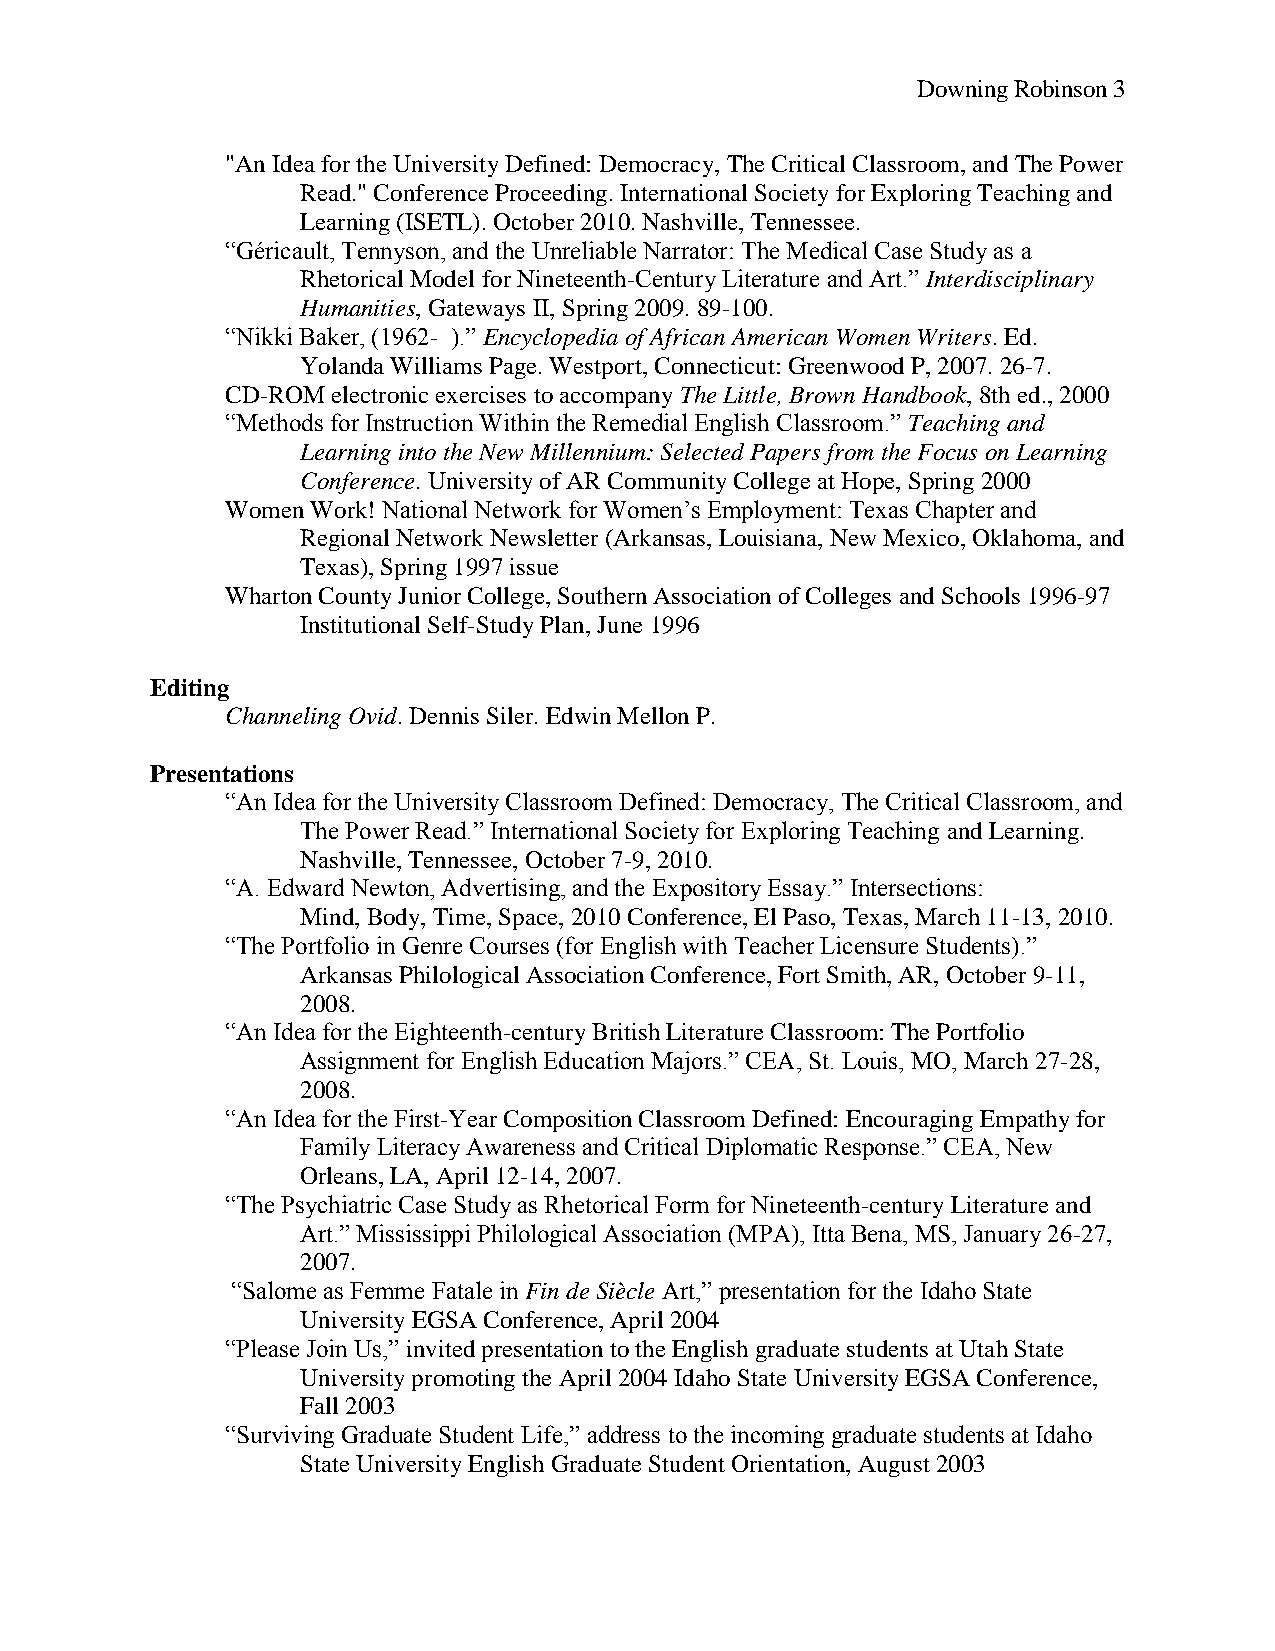
Downing Robinson 3
 "An Idea for the University Defined: Democracy, The Critical Classroom, and The Power
 Read." Conference Proceeding. International Society for Exploring Teaching and
 Learning (ISETL). October 2010. Nashville, Tennessee.
 ―Géricault, Tennyson, and the Unreliable Narrator: The Medical Case Study as a
 Rhetorical Model for Nineteenth-Century Literature and Art.‖ Interdisciplinary
 Humanities, Gateways II, Spring 2009. 89-100.
 ―Nikki Baker, (1962- ).‖ Encyclopedia of African American Women Writers. Ed.
 Yolanda Williams Page. Westport, Connecticut: Greenwood P, 2007. 26-7.
 CD-ROM electronic exercises to accompany The Little, Brown Handbook, 8th ed., 2000
 ―Methods for Instruction Within the Remedial English Classroom.‖ Teaching and
 Learning into the New Millennium: Selected Papers from the Focus on Learning
 Conference. University of AR Community College at Hope, Spring 2000
 Women Work! National Network for Women’s Employment: Texas Chapter and
 Regional Network Newsletter (Arkansas, Louisiana, New Mexico, Oklahoma, and
 Texas), Spring 1997 issue
 Wharton County Junior College, Southern Association of Colleges and Schools 1996-97
 Institutional Self-Study Plan, June 1996
 Editing
 Channeling Ovid. Dennis Siler. Edwin Mellon P.
 Presentations
 ―An Idea for the University Classroom Defined: Democracy, The Critical Classroom, and
 The Power Read.‖ International Society for Exploring Teaching and Learning.
 Nashville, Tennessee, October 7-9, 2010.
 ―A. Edward Newton, Advertising, and the Expository Essay.‖ Intersections:
 Mind, Body, Time, Space, 2010 Conference, El Paso, Texas, March 11-13, 2010.
 ―The Portfolio in Genre Courses (for English with Teacher Licensure Students).‖
 Arkansas Philological Association Conference, Fort Smith, AR, October 9-11,
 2008.
 ―An Idea for the Eighteenth-century British Literature Classroom: The Portfolio
 Assignment for English Education Majors.‖ CEA, St. Louis, MO, March 27-28,
 2008.
 ―An Idea for the First-Year Composition Classroom Defined: Encouraging Empathy for
 Family Literacy Awareness and Critical Diplomatic Response.‖ CEA, New
 Orleans, LA, April 12-14, 2007.
 ―The Psychiatric Case Study as Rhetorical Form for Nineteenth-century Literature and
 Art.‖ Mississippi Philological Association (MPA), Itta Bena, MS, January 26-27,
 2007.
 ―Salome as Femme Fatale in Fin de Siècle Art,‖ presentation for the Idaho State
 University EGSA Conference, April 2004
 ―Please Join Us,‖ invited presentation to the English graduate students at Utah State
 University promoting the April 2004 Idaho State University EGSA Conference,
 Fall 2003
 ―Surviving Graduate Student Life,‖ address to the incoming graduate students at Idaho
 State University English Graduate Student Orientation, August 2003